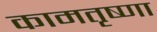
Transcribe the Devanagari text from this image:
कामतृष्णा